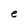
Character: e